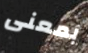
بمعنى